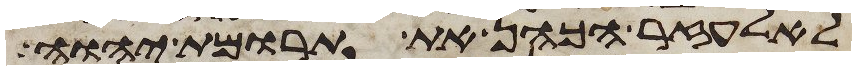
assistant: לאלעזר הכהן את תרומת יהוה